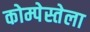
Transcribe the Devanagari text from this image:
कोम्पेस्तेला